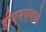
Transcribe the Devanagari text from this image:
डीएनएमध्ये